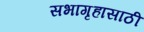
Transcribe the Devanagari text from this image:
सभागृहासाठी